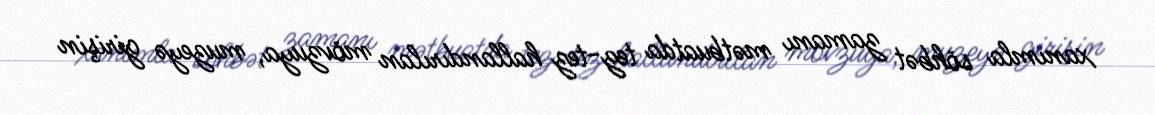
xanımla söhbət zamanı mətbuatda tez-tez hallandırılan mövzuya, muzeyə girişin